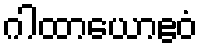
ဂါထာယောဧဝံ